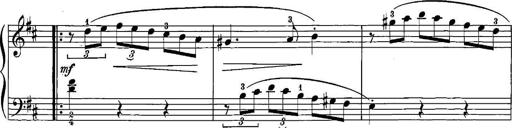
Title: 12 Sonatinas
Composer: Ignaz Pleyel